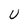
Character: U